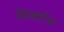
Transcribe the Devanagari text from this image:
विस्कोज